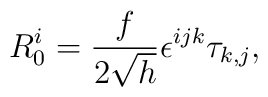
R^i_0=\frac{f}{2\sqrt{h}}\epsilon^{ijk}\tau_{k,j},